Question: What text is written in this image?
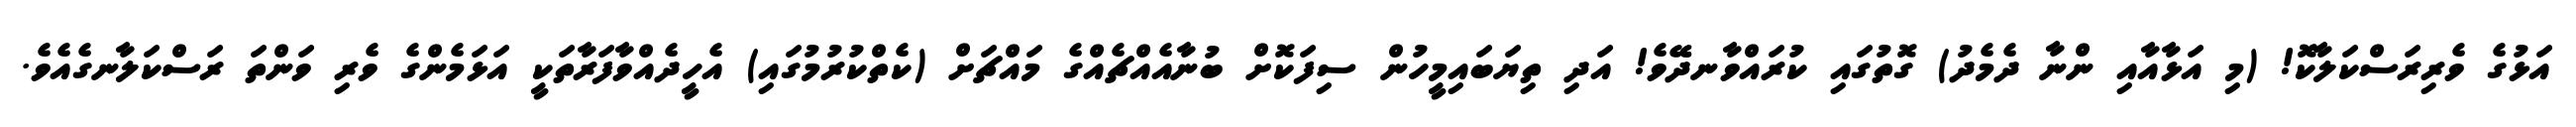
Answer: އަޅުގެ ވެރިރަސްކަލާކޮ! (މި އަޅާއާއި ންނާ ދެމެދު) ގޮތުގައި ކުރައްވާނދޭވެ! އަދި ތިޔަބައިމީހުން ސިފަކޮށް ބުނާއެއްޗެއްގެ މައްޗަށް (ކެތްކުރުމުގައި) އެހީދެއްވާފަރާތަކީ އަޅަމެންގެ ވެރި ވަންތަ ރަސްކަލާނގެއެވެ.